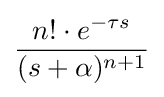
{\frac {n!\cdot e^{-\tau s}}{(s+\alpha )^{n+1}}}